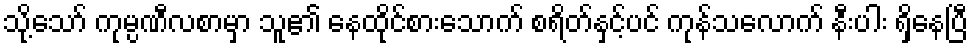
သို့သော် ကုမ္ပဏီလစာမှာ သူ၏ နေထိုင်စားသောက် စရိတ်နှင့်ပင် ကုန်သလောက် နီးပါး ရှိနေပြီ